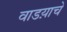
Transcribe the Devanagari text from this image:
वाडय़ाचे